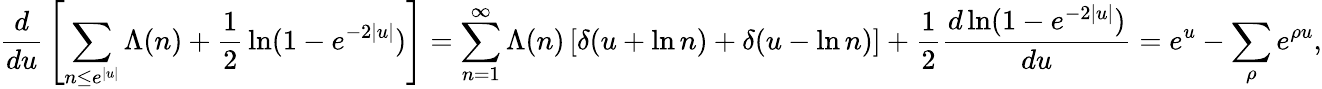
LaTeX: {\frac{d}{du}}\left[\sum_{n\leq e^{|u|}}\Lambda(n)+{\frac{1}{2}}\ln(1-e^{-2|u|})\right]=\sum_{n=1}^{\infty}\Lambda(n)\left[\delta(u+\ln n)+\delta(u-\ln n)\right]+{\frac{1}{2}}{\frac{d\ln(1-e^{-2|u|})}{du}}=e^{u}-\sum_{\rho}e^{\rho u},